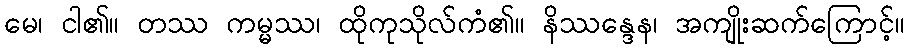
မေ၊ ငါ၏။ တဿ ကမ္မဿ၊ ထိုကုသိုလ်ကံ၏။ နိဿန္ဒေန၊ အကျိုးဆက်ကြောင့်။